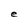
Character: e